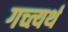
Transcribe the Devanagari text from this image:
गच्त्यर्थ